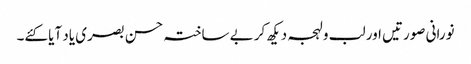
نورانی صورتیں اور لب و لہجہ دیکھ کر بے ساختہ حسن بصری یاد آیا کئے۔